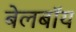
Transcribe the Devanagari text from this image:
बेलबॉय